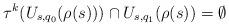
LaTeX: \begin{align*}\tau^{k}(U_{s,q_0}(\rho(s)))\cap U_{s,q_1}(\rho(s))= \emptyset\end{align*}